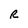
Character: R